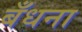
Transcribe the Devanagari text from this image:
बँधना